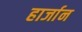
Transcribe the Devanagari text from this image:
हार्जान